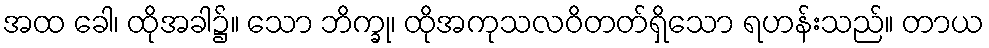
အထ ခေါ၊ ထိုအခါ၌။ သော ဘိက္ခု၊ ထိုအကုသလဝိတတ်ရှိသော ရဟန်းသည်။ တာယ